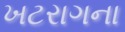
ખટરાગના